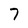
Character: 7